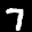
Label: 7